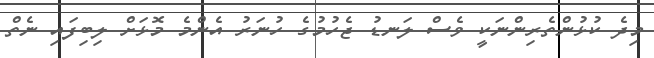
މިދެ ކުޅުންތެރިންނަކީ ވެސް ލަނޑު ޖެހުމުގެ ހުނަރު އެންމެ މޮޅަށް ލިބިފައި ނެތް